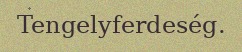
Tengelyferdeség.